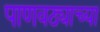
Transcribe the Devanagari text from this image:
पाणवठ्याच्या